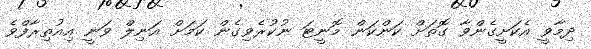
ދިމާވީ އެކަށީގެންވާ ގޮތަށް ކަންކަން މޮނީޓަ ނުކުރެވިގެން ކަމަށް އަނިލް ވަނީ އިއުތިރާފްވެ